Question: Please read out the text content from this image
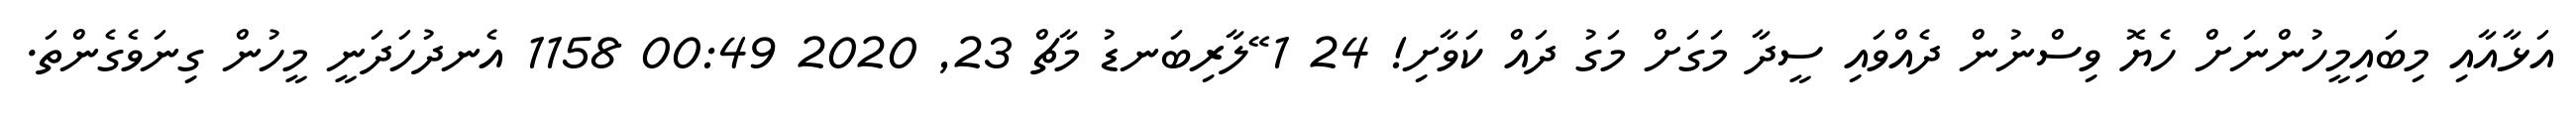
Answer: އަޅާއާއި މިބައިމީހުންނަށް ހެޔޮ ވިސްނުން ދެއްވައި ސީދާ މަގަށް މަގު ދައް ކަވާށި! 24 1 ޭލާރިބަނޑު މާޗް 23, 2020 00:49 1158 އެނދުހަދަނީ މީހުން ގިނަވެގެންތަ.